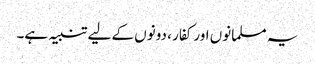
یہ مسلمانوں اور کفار ، دونوں کے لیے تنبیہ ہے۔